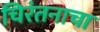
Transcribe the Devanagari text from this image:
चिरंतनाचा